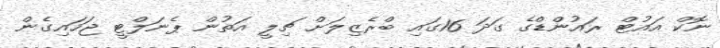
ނޮކް އައުޓް ރައުންޑްގެ ގަދަ 16ގައި ބްރެޒިލަށް ޗިލީ އަތުން ޕެނަލްޓީ ޖަހައިގެން